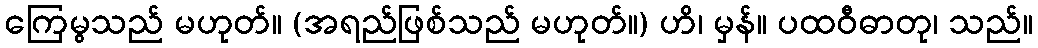
ကြေမွသည် မဟုတ်။ (အရည်ဖြစ်သည် မဟုတ်။) ဟိ၊ မှန်။ ပထဝီဓာတု၊ သည်။